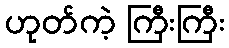
ဟုတ်ကဲ့ ကြီးကြီး